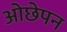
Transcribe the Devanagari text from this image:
ओछेपन